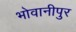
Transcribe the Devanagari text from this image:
भोवानीपुर